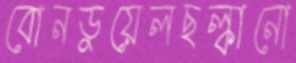
বোনডুয়েলছল্‌কানো